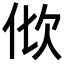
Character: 𣢉